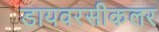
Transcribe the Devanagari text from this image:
डायवरसीकलर